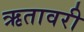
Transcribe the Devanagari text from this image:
ऋतावरी